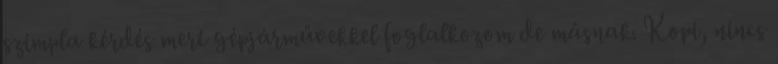
szimpla kérdés mert gépjárművekkel foglalkozom de másnak. Kopi, nincs